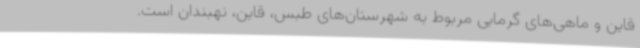
قاین و ماهی‌های گرمابی مربوط به شهرستان‌های طبس، قاین، نهبندان است.